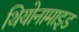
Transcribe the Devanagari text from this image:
थियोनामाइड